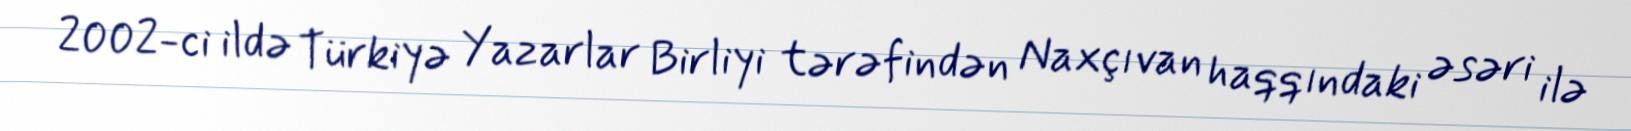
2002-ci ildə Türkiyə Yazarlar Birliyi tərəfindən Naxçıvan haqqındaki əsəri ilə